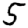
Digit: 5